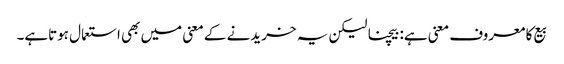
بیع کا معروف معنی ہے: بیچنا لیکن یہ خریدنے کے معنی میں بھی استعمال ہوتاہے۔